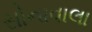
સોનાવાલા